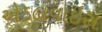
એડલવાઇસ